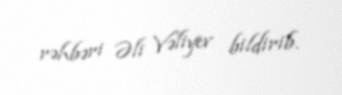
rəhbəri Əli Vəliyev bildirib.